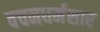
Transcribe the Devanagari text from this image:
वचनधर्मसार